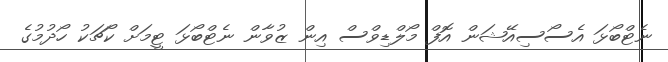
ނެޓްބޯޅަ އެސޯސިއޭޝަން އޮފް މޯލްޑިވްސް އިން ޒުވާން ނެޓްބޯޅަ ޓީމަށް ކޯޗަކު ހޯދުމުގެ